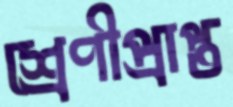
শ্রেণীপ্রাপ্ত